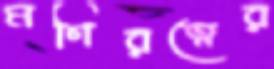
মণিরত্নের